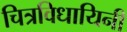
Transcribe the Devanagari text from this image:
चित्रविधायिनी